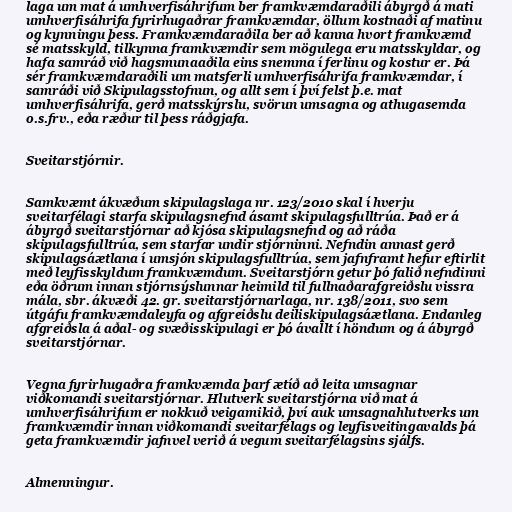
laga um mat á umhverfisáhrifum ber framkvæmdaraðili ábyrgð á mati
umhverfisáhrifa fyrirhugaðrar framkvæmdar, öllum kostnaði af matinu
og kynningu þess. Framkvæmdaraðila ber að kanna hvort framkvæmd
sé matsskyld, tilkynna framkvæmdir sem mögulega eru matsskyldar, og
hafa samráð við hagsmunaaðila eins snemma í ferlinu og kostur er. Þá
sér framkvæmdaraðili um matsferli umhverfisáhrifa framkvæmdar, í
samráði við Skipulagsstofnun, og allt sem í því felst þ.e. mat
umhverfisáhrifa, gerð matsskýrslu, svörun umsagna og athugasemda
o.s.frv., eða ræður til þess ráðgjafa.

Sveitarstjórnir.

Samkvæmt ákvæðum skipulagslaga nr. 123/2010 skal í hverju
sveitarfélagi starfa skipulagsnefnd ásamt skipulagsfulltrúa. Það er á
ábyrgð sveitarstjórnar að kjósa skipulagsnefnd og að ráða
skipulagsfulltrúa, sem starfar undir stjórninni. Nefndin annast gerð
skipulagsáætlana í umsjón skipulagsfulltrúa, sem jafnframt hefur eftirlit
með leyfisskyldum framkvæmdum. Sveitarstjórn getur þó falið nefndinni
eða öðrum innan stjórnsýslunnar heimild til fullnaðarafgreiðslu vissra
mála, sbr. ákvæði 42. gr. sveitarstjórnarlaga, nr. 138/2011, svo sem
útgáfu framkvæmdaleyfa og afgreiðslu deiliskipulagsáætlana. Endanleg
afgreiðsla á aðal- og svæðisskipulagi er þó ávallt í höndum og á ábyrgð
sveitarstjórnar.

Vegna fyrirhugaðra framkvæmda þarf ætíð að leita umsagnar
viðkomandi sveitarstjórnar. Hlutverk sveitarstjórna við mat á
umhverfisáhrifum er nokkuð veigamikið, því auk umsagnahlutverks um
framkvæmdir innan viðkomandi sveitarfélags og leyfisveitingavalds þá
geta framkvæmdir jafnvel verið á vegum sveitarfélagsins sjálfs.

Almenningur.